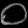
Digit: ၀